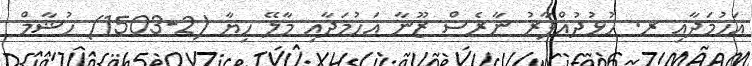
އަހުމަދާއި ރ. ހުޅުދުއްފާރު ނާރެސް ޒޫނާ އަހުމަދާއި މާލޭ ހިޔާ (2-1503) ހުޝާމް